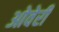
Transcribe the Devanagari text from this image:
ओवेरी